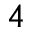
_ { 4 }